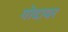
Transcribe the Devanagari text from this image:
गोदावर